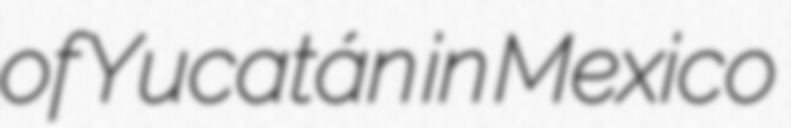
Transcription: of Yucatán in Mexico